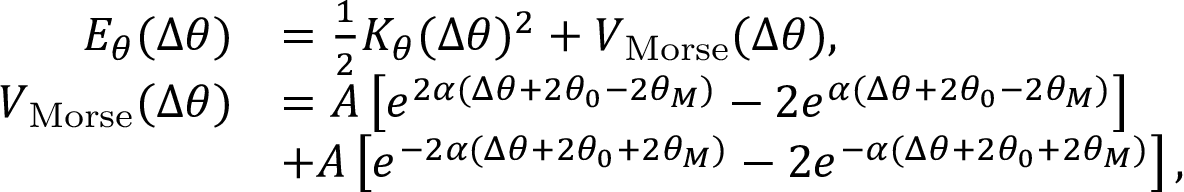
\begin{array} { r l } { E _ { \theta } ( \Delta \theta ) } & { = \frac { 1 } { 2 } K _ { \theta } ( \Delta \theta ) ^ { 2 } + V _ { \mathrm { M o r s e } } ( \Delta \theta ) , } \\ { V _ { \mathrm { M o r s e } } ( \Delta \theta ) } & { = A \left[ e ^ { 2 \alpha ( \Delta \theta + 2 \theta _ { 0 } - 2 \theta _ { M } ) } - 2 e ^ { \alpha ( \Delta \theta + 2 \theta _ { 0 } - 2 \theta _ { M } ) } \right] } \\ & { + A \left[ e ^ { - 2 \alpha ( \Delta \theta + 2 \theta _ { 0 } + 2 \theta _ { M } ) } - 2 e ^ { - \alpha ( \Delta \theta + 2 \theta _ { 0 } + 2 \theta _ { M } ) } \right] , } \end{array}